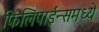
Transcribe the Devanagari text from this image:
फिलिपाईन्समध्ये